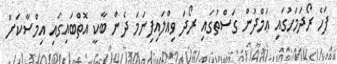
ފަހެ ރޯދަމަހުގައި ޢަމްދުން ގަސްތުގައި ރޯދަ ވިއްލައިފިނަމަ ދެން ބާކީ އޮތްބައިގައި އިމްސާކަށް